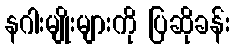
နဂါးမျိုးများကို ပြဆိုခန်း